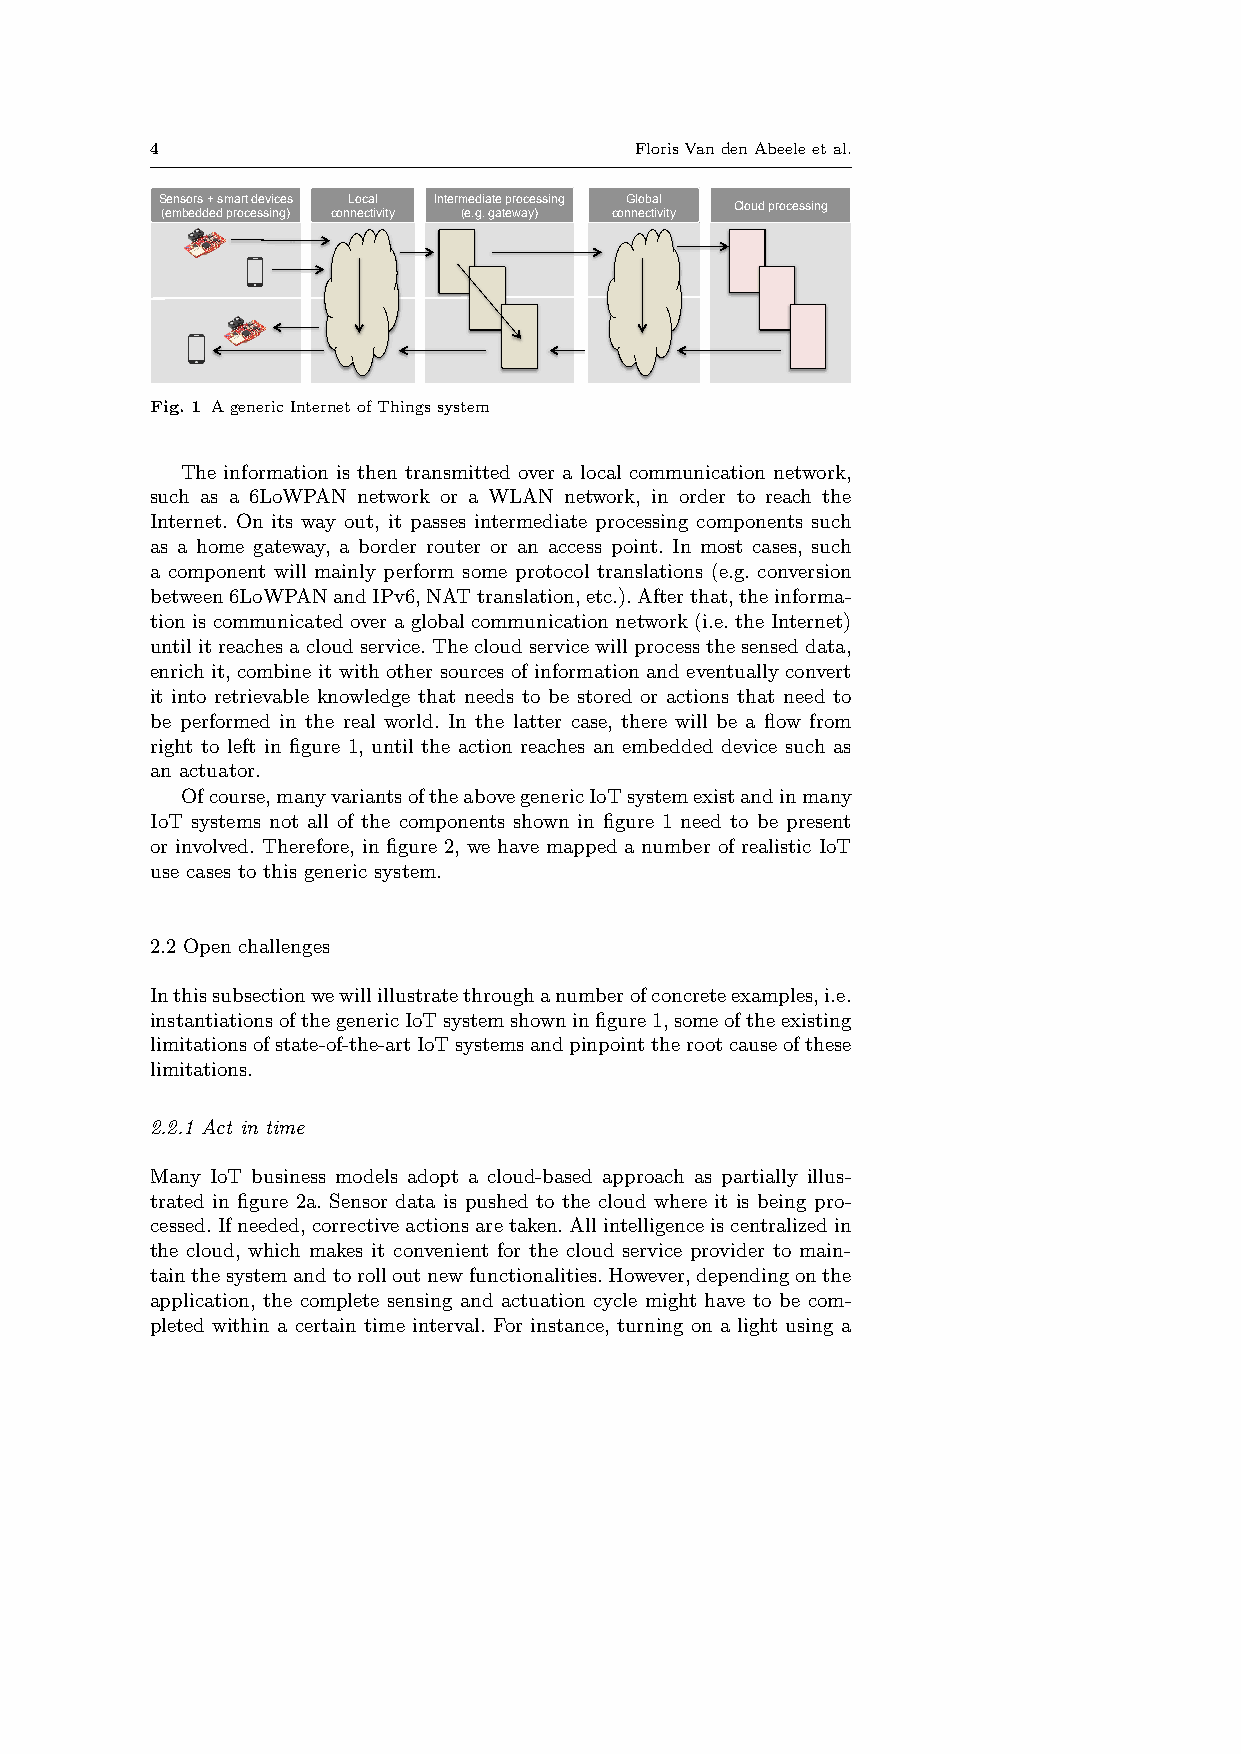
4                               FlorisVandenAbeeleetal.
 Sensors + smart devices Local Intermediate processing Global
 Cloud processing
 (embedded processing) connectivity (e.g. gateway) connectivity
 Fig. 1 AgenericInternetofThingssystem
 The information is then transmitted over a local communication network,
 such as a 6LoWPAN network or a WLAN network, in order to reach the
 Internet. On its way out, it passes intermediate processing components such
 as a home gateway, a border router or an access point. In most cases, such
 a component will mainly perform some protocol translations (e.g. conversion
 between6LoWPANandIPv6,NATtranslation,etc.).Afterthat,theinforma-
 tion is communicated over a global communication network (i.e. the Internet)
 untilitreachesacloudservice.Thecloudservicewillprocessthesenseddata,
 enrich it, combine it with other sources of information and eventually convert
 it into retrievable knowledge that needs to be stored or actions that need to
 be performed in the real world. In the latter case, there will be a flow from
 right to left in figure 1, until the action reaches an embedded device such as
 an actuator.
 Ofcourse,manyvariantsoftheabovegenericIoTsystemexistandinmany
 IoT systems not all of the components shown in figure 1 need to be present
 or involved. Therefore, in figure 2, we have mapped a number of realistic IoT
 use cases to this generic system.
 2.2 Open challenges
 Inthissubsectionwewillillustratethroughanumberofconcreteexamples,i.e.
 instantiationsofthegenericIoTsystemshowninfigure1,someoftheexisting
 limitationsofstate-of-the-artIoTsystemsandpinpointtherootcauseofthese
 limitations.
 2.2.1 Act in time
 Many IoT business models adopt a cloud-based approach as partially illus-
 trated in figure 2a. Sensor data is pushed to the cloud where it is being pro-
 cessed.Ifneeded,correctiveactionsaretaken.Allintelligenceiscentralizedin
 the cloud, which makes it convenient for the cloud service provider to main-
 tainthesystemandtorolloutnewfunctionalities.However,dependingonthe
 application, the complete sensing and actuation cycle might have to be com-
 pleted within a certain time interval. For instance, turning on a light using a